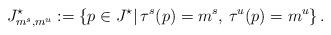
LaTeX: \begin{align*}J^\star_{m^s,m^u}:=\left\{p\in J^\star|\,\tau^s(p)=m^s,\,\tau^u(p)=m^u\right\}.\end{align*}